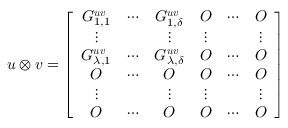
\boldsymbol { u } \otimes \boldsymbol { v } = \left[ \begin{array} { c c c c c c } { G _ { 1 , 1 } ^ { \boldsymbol { u v } } } & { \cdots } & { G _ { 1 , \delta } ^ { \boldsymbol { u v } } } & { O } & { \cdots } & { O } \\ { \vdots } & & { \vdots } & { \vdots } & & { \vdots } \\ { G _ { \lambda , 1 } ^ { \boldsymbol { u v } } } & { \cdots } & { G _ { \lambda , \delta } ^ { \boldsymbol { u v } } } & { O } & { \cdots } & { O } \\ { O } & { \cdots } & { O } & { O } & { \cdots } & { O } \\ { \vdots } & & { \vdots } & { \vdots } & & { \vdots } \\ { O } & { \cdots } & { O } & { O } & { \cdots } & { O } \end{array} \right]